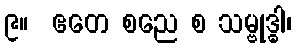
၉။  ဧတေ စညေ စ သမ္ဗုဒ္ဓါ၊